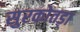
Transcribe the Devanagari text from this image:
सुरकोतड़ा